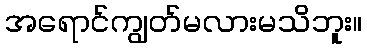
အရောင်ကျွတ်မလားမသိဘူး။